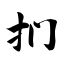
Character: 扪